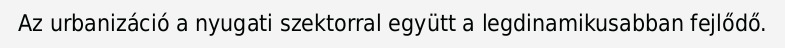
Az urbanizáció a nyugati szektorral együtt a legdinamikusabban fejlődő.